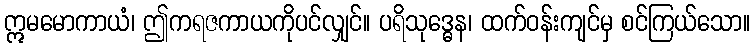
ဣမမောကာယံ၊ ဤကရဇကာယကိုပင်လျှင်။ ပရိသုဒ္ဓေန၊ ထက်ဝန်းကျင်မှ စင်ကြယ်သော။